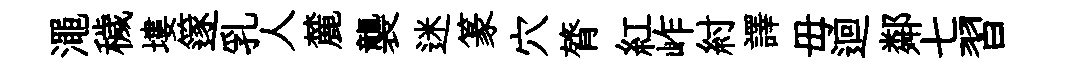
澠穢塿篴乳人麓襲迷篆穴膂紅岞紂譯毋迴鄰七習